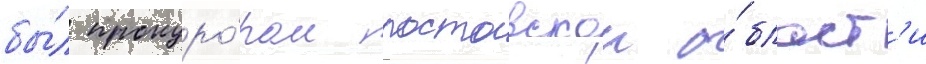
бы́л прокуро́ром ростовскои о́бласт'и